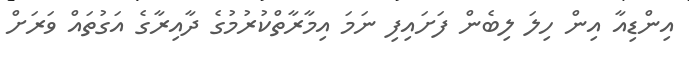
އިންޑިއާ އިން ހިލަ ލިބެން ފަށައިފި ނަމަ އިމާރާތްކުރުމުގެ ދާއިރާގެ އަގުތައް ވަރަށް